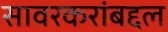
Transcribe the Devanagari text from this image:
सावरकरांबद्दल